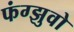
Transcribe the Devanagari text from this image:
फंग्झुवो